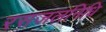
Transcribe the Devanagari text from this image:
रसजलनिधि